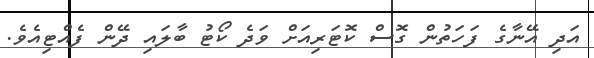
އަދި އޭނާގެ ފަހަތުން ގޮސް ކޮޓަރިއަށް ވަދެ ކޯޓު ބާލައި ދޭން ފެއްޓިއެވެ.